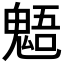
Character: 𩳌